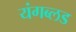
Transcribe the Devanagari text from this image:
यंगब्लड